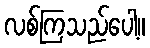
လစ်ကြသည်ပေါ့။